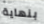
بنهاية